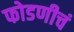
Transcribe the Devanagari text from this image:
फोडणीचं